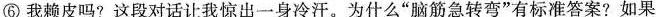
⑥我赖皮吗?这段对话让我惊出一身冷汗。为什么”脑筋急转弯”有标准答案?如果